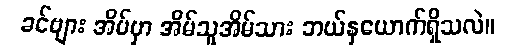
ခင်ဗျား အိမ်မှာ အိမ်သူအိမ်သား ဘယ်နှယောက်ရှိသလဲ။